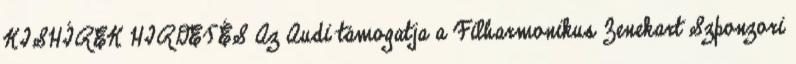
KISHÍREK HIRDETÉS Az Audi támogatja a Filharmonikus Zenekart Szponzori